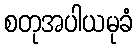
စတုအပါယမုခံ